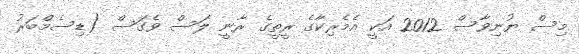
މިސް ޔުނިވާސް 2012 އަކީ އެމެރިކާގެ ރީތީގެ ރާނީ ލަސް ވެގަސް (ޑިސެމްބަރު